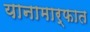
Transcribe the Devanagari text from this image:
यानामार्फात